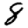
Digit: 8